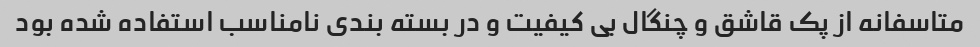
متاسفانه از پک قاشق و چنگال بی کیفیت و در بسته بندی نامناسب استفاده شده بود